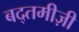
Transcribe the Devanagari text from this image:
बद्तमीज़ी